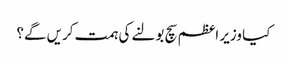
کیا وزیر اعظم سچ بولنے کی ہمت کریں گے؟